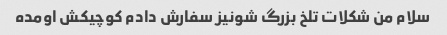
سلام من شکلات تلخ بزرگ شونیز سفارش دادم کوچیکش اومده